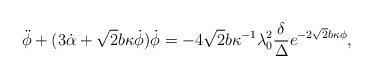
LaTeX: \begin{align*}\ddot{\phi}+(3 \dot{\alpha} + \sqrt{2} b \kappa \dot{\phi}) \dot{\phi}=-4 \sqrt{2} b \kappa^{-1} \lambda_0^2 \frac{\delta}{\Delta} e^{-2 \sqrt{2}b \kappa \phi},\end{align*}